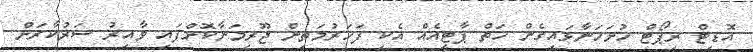
އޮޑިޓް ރިޕޯޓް ހުށަހަނާޅައިގެން ހަތް ޕާޓީއެއް އެކި ފަހަރުމަތިން ޖޫރިމަނާކޮށްފައި ވާއިރު ސަރުކާރަށް